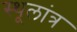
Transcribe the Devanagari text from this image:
स्‍थूलांत्र